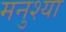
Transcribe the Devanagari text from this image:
मनुश्या